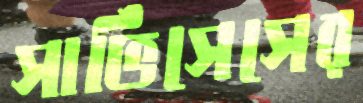
সার্ভিসেসের